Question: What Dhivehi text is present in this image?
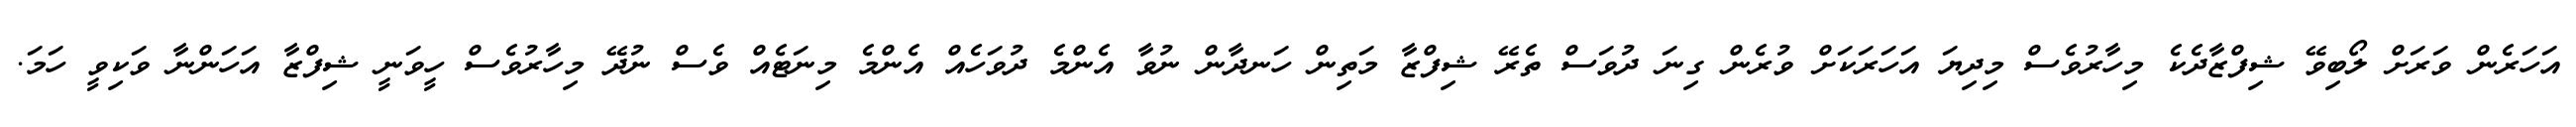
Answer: އަހަރެން ވަރަށް ލޯބިވޭ ޝިފްޒާދެކެ މިހާރުވެސް މިދިޔަ އަހަރަކަށް ވުރެން ގިނަ ދުވަސް ތެރޭ ޝިފްޒާ މަތިން ހަނދާން ނުވާ އެންމެ ދުވަހެއް އެންމެ މިނަޓެއް ވެސް ނުދޭ މިހާރުވެސް ހީވަނީ ޝިފްޒާ އަހަންނާ ވަކިވީ ހަމަ.